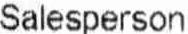
SALESPERSON